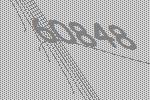
60848